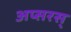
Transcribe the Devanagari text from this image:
अप्सरस्